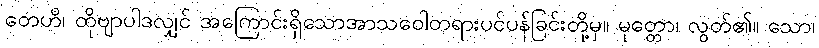
တေဟိ၊ ထိုဗျာပါဒလျှင် အကြောင်းရှိသောအာသဝေါတရားပင်ပန်ခြင်းတို့မှ။ မုတ္တော၊ လွတ်၏။ သော၊